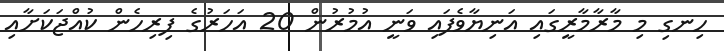
ހިނގި މި މާރާމާރީގައި އަނިޔާވެފައި ވަނީ އުމުރުން 20 އަހަރުގެ ފިރިހެން ކުއްޖަކަށާއި